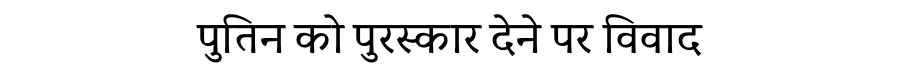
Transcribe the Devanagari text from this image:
पुतिन को पुरस्कार देने पर विवाद